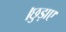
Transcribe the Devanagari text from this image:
।छुड़ाए